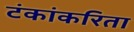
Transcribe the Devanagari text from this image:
टंकांकरिता